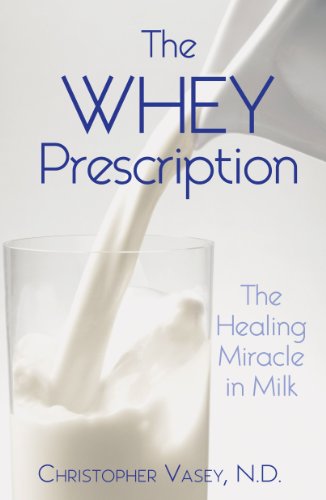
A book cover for The Whey Prescription: The Healing Miracle in Milk; Christopher Vasey N.D.; Health, Fitness & Dieting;